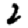
Digit: 2